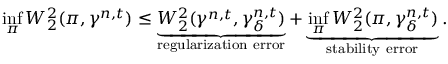
\operatorname* { i n f } _ { \pi } W _ { 2 } ^ { 2 } ( \pi , \gamma ^ { n , t } ) \leq \underbrace { W _ { 2 } ^ { 2 } ( \gamma ^ { n , t } , \gamma _ { \delta } ^ { n , t } ) } _ { \mathrm { r e g u l a r i z a t i o n ~ e r r o r } } + \underbrace { \operatorname* { i n f } _ { \pi } W _ { 2 } ^ { 2 } ( \pi , \gamma _ { \delta } ^ { n , t } ) } _ { \mathrm { s t a b i l i t y ~ e r r o r } } .